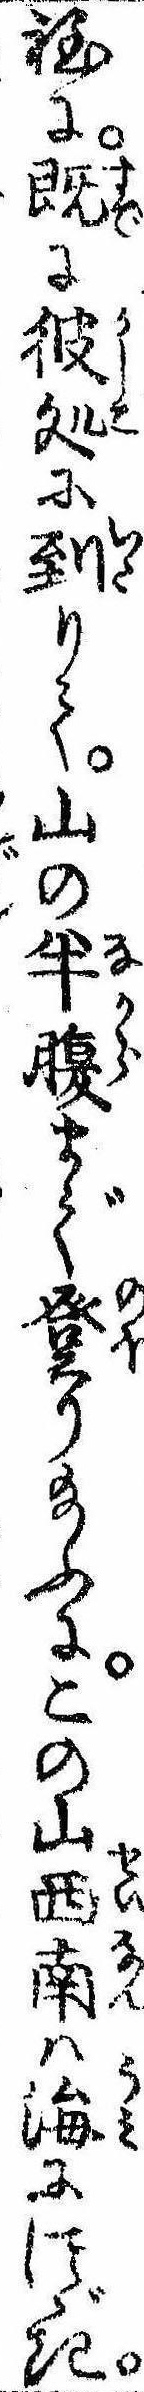
程に既に彼処に到りて山の半腹まで登り給ふにこの山西南は海につゞき